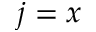
j = x